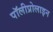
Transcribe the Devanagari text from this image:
पॉलीप्रोलाइन